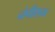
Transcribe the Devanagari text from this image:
नंपीशम